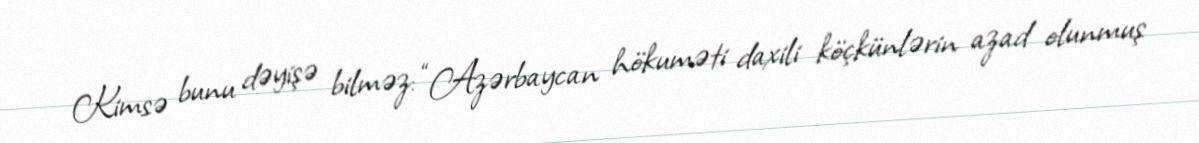
Kimsə bunu dəyişə bilməz: “Azərbaycan hökuməti daxili köçkünlərin azad olunmuş